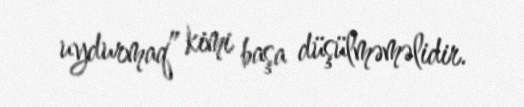
uydurmaq” kimi başa düşülməməlidir.